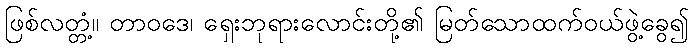
ဖြစ်လတ္တံ့။ တာဝဒေ၊ ရှေးဘုရားလောင်းတို့၏ မြတ်သောထက်ဝယ်ဖွဲ့ခွေ၍